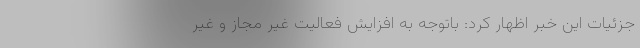
جزئیات این خبر اظهار کرد: باتوجه به افزایش فعالیت غیر مجاز و غیر